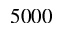
5 0 0 0